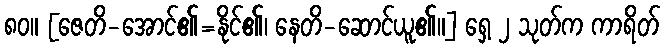
၈၀။ [ဇေတိ-အောင်၏=နိုင်၏၊ နေတိ-ဆောင်ယူ၏။] ရှေ့ ၂ သုတ်က ကာရိတ်